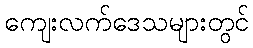
ကျေးလက်ဒေသများတွင်